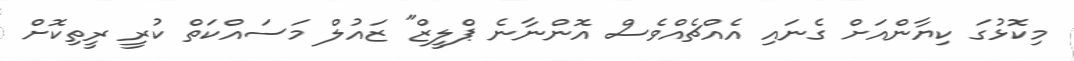
މިކޮޅުގަ ކިޔާންއަށް ގެނައި އެއްޗެއްވެސް އޮންނާނެ ޕްލީޒް" ޒައުލް މަސައްކަތް ކުރީ ރީތިކޮށް